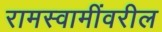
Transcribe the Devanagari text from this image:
रामस्वामींवरील